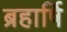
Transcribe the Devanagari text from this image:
ब्रहार्षि